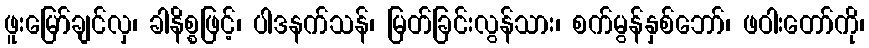
ဖူးမြော်ချင်လှ၊ ခါနိစ္စဖြင့်၊ ပါဒနက်သန်၊ မြတ်ခြင်းလွန်သား၊ စက်မွန်နှစ်ဘော်၊ ဖဝါးတော်ကို၊